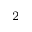
_ 2